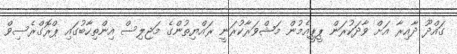
ގައްދޫ ދާއިރާ އަށް ވާދަކުރަން ޕީޕީއެމުން މަޝްވަރާކުރަނީ ރައްޔިތުންގެ މަޖިލިސް އިންތިހާބުގައި ޕްރޮގްރެސިވް